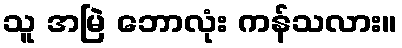
သူ အမြဲ ဘောလုံး ကန်သလား။